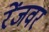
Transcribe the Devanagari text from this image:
रेंजवर